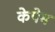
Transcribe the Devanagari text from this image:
केपेम